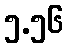
၅.၅၆